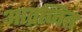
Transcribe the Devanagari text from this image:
आव्रजित